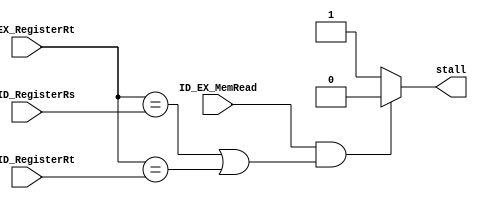
// hazard_units.v
// flush_detection_units.v
// hazard_detection_unit, bypassing_unit

// check

module hazard_detection_unit(ID_EX_MemRead,
							ID_EX_RegisterRt,
							IF_ID_RegisterRs,
							IF_ID_RegisterRt,
							// output
							stall);

input ID_EX_MemRead;
input [4:0] ID_EX_RegisterRt,IF_ID_RegisterRs,IF_ID_RegisterRt;
output stall;

assign stall = ( ID_EX_MemRead & ( (ID_EX_RegisterRt == IF_ID_RegisterRs) | (ID_EX_RegisterRt == IF_ID_RegisterRt) ) )? 1'b0 : 1'b1;
// assign stall = ~ID_EX_MemRead | (ID_EX_RegisterRt != IF_ID_RegisterRs & ID_EX_RegisterRt != IF_ID_RegisterRt);
endmodule

// module flush_detection_units(EX_B,
// 							EX_ALUOut,
// 							ID_J,
// 							// output
// 							J_Flush,
// 							B_Flush);

// // EX_PCSrc is used to tell whether the intruction at EX stage is branch
// input EX_B;
// // tell whether Branch happens
// input EX_ALUOut;
// // used to tell whether the intruction at ID stage is jump
// input ID_J;

// // stall the pipeline when the instruction is of "branch" or "jump" type
// output J_Flush;
// output B_Flush;

// assign J_Flush = ID_J;
// assign B_Flush = EX_B & EX_ALUOut;

// endmodule
module flush_detection_units(EX_B,
							EX_ALUOut,
							ID_J,
							// output
							IF_Flush,
							ID_Flush);

	// EX_PCSrc is used to tell whether the intruction at EX stage is branch
	input EX_B;
	// tell whether Branch happens
	input EX_ALUOut;
	// used to tell whether the intruction at ID stage is jump
	input ID_J;

	// stall the pipeline when the instruction is of "branch" or "jump" type
	output IF_Flush;
	output ID_Flush;

	assign IF_Flush = (ID_J | (EX_B & EX_ALUOut));
	assign ID_Flush = EX_B & EX_ALUOut;

endmodule



module bypassing_unit(ID_EX_RegisterRs,
					  ID_EX_RegisterRt,
					  EX_MEM_RegisterRd,
					  EX_MEM_RegWrite,
					  MEM_WB_RegisterRd,
					  MEM_WB_RegWrite,
					  // output
					  ForwardA,
					  ForwardB);

input [4:0] ID_EX_RegisterRs,ID_EX_RegisterRt,EX_MEM_RegisterRd,MEM_WB_RegisterRd;
input EX_MEM_RegWrite,MEM_WB_RegWrite;
output [1:0] ForwardA,ForwardB;

// Attention: ForwarB is the control signal of two muxes.
// One mux is designed for the DatabusB of sw or lw
// And the other is for the Immediate part of sw or lw

assign ForwardA =   // 2'b10
					( EX_MEM_RegWrite & (EX_MEM_RegisterRd != 5'b0) & (EX_MEM_RegisterRd == ID_EX_RegisterRs) )? 2'b10:
					// 2'b01
					( MEM_WB_RegWrite & (MEM_WB_RegisterRd != 5'b0) 
						& (MEM_WB_RegisterRd == ID_EX_RegisterRs) )? 2'b01:
					// 2'b00
					2'b00;

assign ForwardB =	// 2'b10
					( EX_MEM_RegWrite & (EX_MEM_RegisterRd != 5'b0) & (EX_MEM_RegisterRd == ID_EX_RegisterRt) )? 2'b10:
					// 2'b01
					( MEM_WB_RegWrite & (MEM_WB_RegisterRd != 5'b0) 
						& (MEM_WB_RegisterRd == ID_EX_RegisterRt) )? 2'b01: 
					// 2'b00
					2'b00;


endmodule